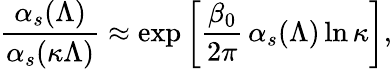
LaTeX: \frac{\alpha_{s}(\Lambda)}{\alpha_{s}(\kappa\Lambda)}\approx\exp\left[\frac{\beta_{0}}{2\pi}\, \alpha_{s}(\Lambda)\ln\kappa\right],